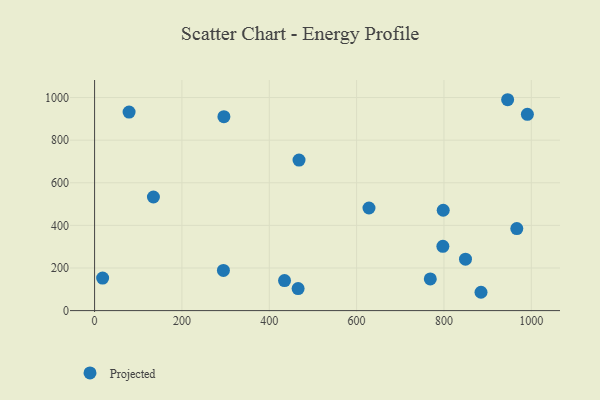
{"axis": {"x": "Investment", "y": "Demand"}, "legend": ["Projected"], "data": [{"x": "797.5", "y": 301.8, "type": "Projected"}, {"x": "945.8", "y": 989.8, "type": "Projected"}, {"x": "466.0", "y": 103.2, "type": "Projected"}, {"x": "768.7", "y": 148.5, "type": "Projected"}, {"x": "18.4", "y": 152.7, "type": "Projected"}, {"x": "296.1", "y": 910.3, "type": "Projected"}, {"x": "798.3", "y": 471.0, "type": "Projected"}, {"x": "628.3", "y": 481.6, "type": "Projected"}, {"x": "434.9", "y": 140.9, "type": "Projected"}, {"x": "966.8", "y": 385.2, "type": "Projected"}, {"x": "134.7", "y": 533.3, "type": "Projected"}, {"x": "991.0", "y": 921.3, "type": "Projected"}, {"x": "849.3", "y": 241.6, "type": "Projected"}, {"x": "468.1", "y": 706.7, "type": "Projected"}, {"x": "884.8", "y": 86.0, "type": "Projected"}, {"x": "79.0", "y": 931.7, "type": "Projected"}, {"x": "295.0", "y": 188.5, "type": "Projected"}]}